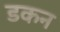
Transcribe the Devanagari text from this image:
डकन